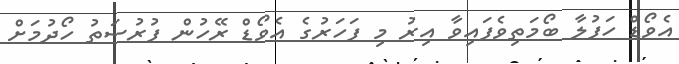
އެވޯޑް ހަފުލާ ބޯމަތިވެފައިވާ އިރު މި ފަހަރުގެ އެވޯޑް ރޭހުން ފުރުސަތު ހޯދުމަށް